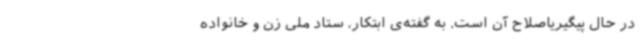
در حال پیگیریاصلاح آن است. به گفته‌ی ابتکار، ستاد ملی زن و خانواده